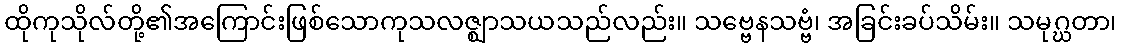
ထိုကုသိုလ်တို့၏အကြောင်းဖြစ်သောကုသလဇ္ဈာသယသည်လည်း။ သဗ္ဗေနသဗ္ဗံ၊ အခြင်းခပ်သိမ်း။ သမုဂ္ဃတာ၊